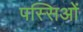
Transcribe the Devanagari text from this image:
पस्सिओं